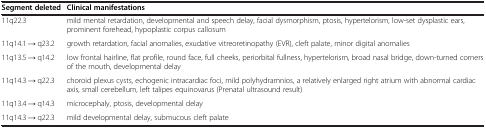
| Segment deleted | Clinical manifestations |
 | --- | --- |
 | 11q22.3 | mild mental retardation, developmental and speech delay, facial dysmorphism, ptosis, hypertelorism, low-set dysplastic ears, prominent forehead, hypoplastic corpus callosum |
 | 11q14.1 → q23.2 | growth retardation, facial anomalies, exudative vitreoretinopathy (EVR), cleft palate, minor digital anomalies |
 | 11q13.5 → q14.2 | low frontal hairline, flat profile, round face, full cheeks, periorbital fullness, hypertelorism, broad nasal bridge, down-turned corners of the mouth, developmental delay |
 | 11q14.3 → q22.3 | choroid plexus cysts, echogenic intracardiac foci, mild polyhydramnios, a relatively enlarged right atrium with abnormal cardiac axis, small cerebellum, left talipes equinovarus (Prenatal ultrasound result) |
 | 11q13.4 → q14.3 | microcephaly, ptosis, developmental delay |
 | 11q14.3 → q22.3 | mild developmental delay, submucous cleft palate |